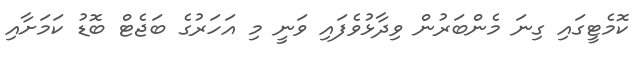
ކޮމެޓީގައި ގިނަ މެންބަރުން ވިދާޅުވެފައި ވަނީ މި އަހަރުގެ ބަޖެޓް ބޮޑު ކަމަށާއި